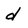
Character: d